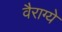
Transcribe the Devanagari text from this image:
वैराग्ये